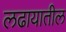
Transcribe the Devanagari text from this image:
लढायातील